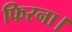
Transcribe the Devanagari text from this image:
फिरना।